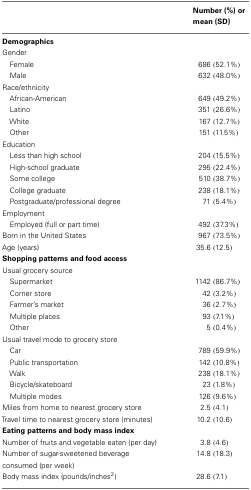
<table><thead><tr><td></td><td><b>Number (%) or mean (SD)</b></td></tr></thead><tbody><tr><td><b>Demographics</b></td></tr><tr><td>Gender</td></tr><tr><td> Female</td><td>686 (52.1%)</td></tr><tr><td> Male</td><td>632 (48.0%)</td></tr><tr><td>Race/ethnicity</td></tr><tr><td> African-American</td><td>649 (49.2%)</td></tr><tr><td> Latino</td><td>351 (26.6%)</td></tr><tr><td> White</td><td>167 (12.7%)</td></tr><tr><td> Other</td><td>151 (11.5%)</td></tr><tr><td>Education</td></tr><tr><td> Less than high school</td><td>204 (15.5%)</td></tr><tr><td> High-school graduate</td><td>295 (22.4%)</td></tr><tr><td> Some college</td><td>510 (38.7%)</td></tr><tr><td> College graduate</td><td>238 (18.1%)</td></tr><tr><td> Postgraduate/professional degree</td><td>71 (5.4%)</td></tr><tr><td>Employment</td></tr><tr><td> Employed (full or part time)</td><td>492 (37.3%)</td></tr><tr><td>Born in the United States</td><td>967 (73.5%)</td></tr><tr><td>Age (years)</td><td>35.6 (12.5)</td></tr><tr><td><b>Shopping patterns and food access</b></td></tr><tr><td>Usual grocery source</td></tr><tr><td> Supermarket</td><td>1142 (86.7%)</td></tr><tr><td> Corner store</td><td>42 (3.2%)</td></tr><tr><td> Farmer’s market</td><td>36 (2.7%)</td></tr><tr><td> Multiple places</td><td>93 (7.1%)</td></tr><tr><td> Other</td><td>5 (0.4%)</td></tr><tr><td>Usual travel mode to grocery store</td></tr><tr><td> Car</td><td>789 (59.9%)</td></tr><tr><td> Public transportation</td><td>142 (10.8%)</td></tr><tr><td> Walk</td><td>238 (18.1%)</td></tr><tr><td> Bicycle/skateboard</td><td>23 (1.8%)</td></tr><tr><td> Multiple modes</td><td>126 (9.6%)</td></tr><tr><td>Miles from home to nearest grocery store</td><td>2.5 (4.1)</td></tr><tr><td>Travel time to nearest grocery store (minutes)</td><td>10.2 (10.6)</td></tr><tr><td><b>Eating patterns and body mass index</b></td></tr><tr><td>Number of fruits and vegetable eaten (per day)</td><td>3.8 (4.6)</td></tr><tr><td>Number of sugar-sweetened beverage consumed (per week)</td><td>14.8 (18.3)</td></tr><tr><td>Body mass index (pounds/inches<sup>2</sup>)</td><td>28.6 (7.1)</td></tr></tbody></table>